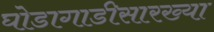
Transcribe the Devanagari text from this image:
घोडागाडीसारख्या